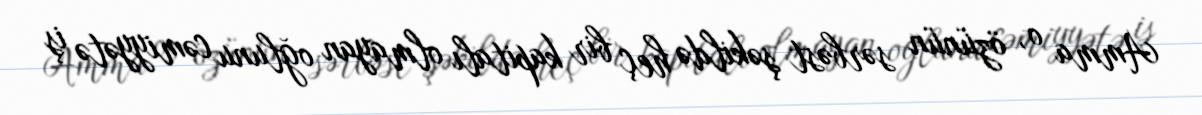
Amma o, özünün sərbəst şəkildə heç bir kapitalı olmayan oğlunu cəmiyyətə iş